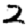
Digit: 2